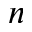
n